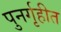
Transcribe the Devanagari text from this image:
पुनर्गृहीत